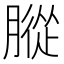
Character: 䐫